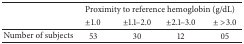
<table><thead><tr><td><b> </b></td><td colspan="4"><b>Proximity to reference hemoglobin (g/dL)</b></td></tr><tr><td><b> </b></td><td><b>±1.0</b></td><td><b>±1.1–2.0</b></td><td><b>±2.1–3.0</b></td><td><b>± &gt;3.0</b></td></tr></thead><tbody><tr><td>Number of subjects</td><td>53</td><td>30</td><td>12</td><td>05</td></tr></tbody></table>